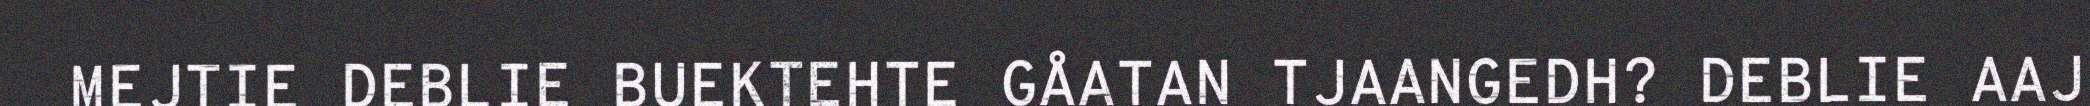
MEJTIE DEBLIE BUEKTEHTE GÅATAN TJAANGEDH? DEBLIE AAJ